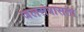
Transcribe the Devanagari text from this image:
जलसंत्रासता